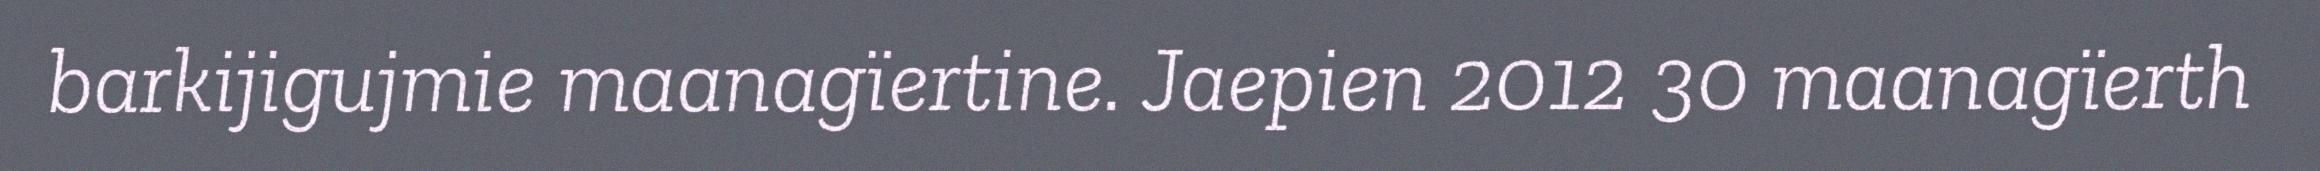
barkijigujmie maanagïertine. Jaepien 2012 30 maanagïerth